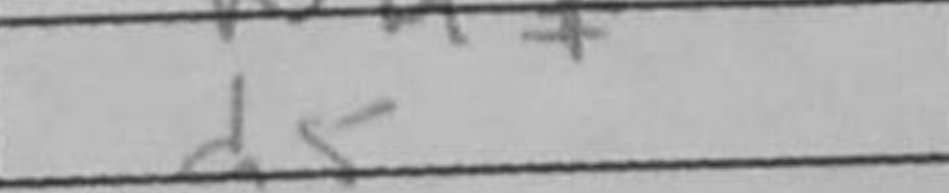
Transcription: d5